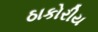
ઠાકોરીય